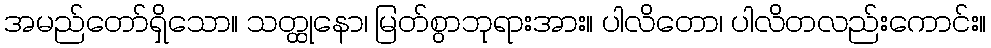
အမည်တော်ရှိသော။ သတ္ထုနော၊ မြတ်စွာဘုရားအား။ ပါလိတော၊ ပါလိတလည်းကောင်း။